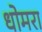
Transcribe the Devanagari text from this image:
धोमरा